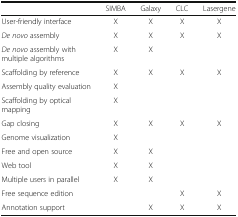
<table><thead><tr><td></td><td><b>SIMBA</b></td><td><b>Galaxy</b></td><td><b>CLC</b></td><td><b>Lasergene</b></td></tr></thead><tbody><tr><td>User-friendly interface</td><td>X</td><td>X</td><td>X</td><td>X</td></tr><tr><td><i>De novo</i> assembly</td><td>X</td><td>X</td><td>X</td><td>X</td></tr><tr><td><i>De novo</i> assembly with multiple algorithms</td><td>X</td><td>X</td><td></td><td></td></tr><tr><td>Scaffolding by reference</td><td>X</td><td>X</td><td>X</td><td>X</td></tr><tr><td>Assembly quality evaluation</td><td>X</td><td></td><td></td><td></td></tr><tr><td>Scaffolding by optical mapping</td><td>X</td><td></td><td></td><td></td></tr><tr><td>Gap closing</td><td>X</td><td>X</td><td>X</td><td>X</td></tr><tr><td>Genome visualization</td><td>X</td><td></td><td></td><td></td></tr><tr><td>Free and open source</td><td>X</td><td>X</td><td></td><td></td></tr><tr><td>Web tool</td><td>X</td><td>X</td><td></td><td></td></tr><tr><td>Multiple users in parallel</td><td>X</td><td>X</td><td></td><td></td></tr><tr><td>Free sequence edition</td><td></td><td></td><td>X</td><td>X</td></tr><tr><td>Annotation support</td><td></td><td>X</td><td>X</td><td>X</td></tr></tbody></table>